system: You are a helpful assistant.
user:
Analyze the provided spectrum to determine if it is a **M-type Giant (gM)**.

A M-type Giant spectrum is defined by its **strong molecular absorption** features, particularly from **Titanium Oxide (TiO)**. You must check for one of the following mutually exclusive signatures:

- **Key Visual Indicators (Absorption-Dominated Spectrum):**

    - **(Primary):** The spectrum is dominated by strong molecular absorption from **Titanium Oxide (TiO)**. This is the **defining feature** of its M-type temperature class.
        - **(Key Bandheads):** Look for sharp, "saw-tooth" absorption valleys. The strongest are located near **~7050 Å**, **~6160 Å**, and **~5170 Å**.
        - **(Line Profile):** The "saw-tooth" morphology is critical: a **sharp, steep drop on the BLUE (short-wavelength) side** of the bandhead, followed by a gradual recovery (rising flux) towards the RED (long-wavelength) side.

    - **(Key Confirmation - Giant vs. Dwarf):** **ABSENCE** of strong **Calcium Hydride (CaH)** molecular bands. This is the primary diagnostic for *excluding* M-dwarfs.
        - **(Key Region):** The spectrum should lack the strong, broad absorption band seen in dwarfs between **~6800 Å and ~7000 Å**.

    - **(Secondary Confirmation - Giant):** A very strong and broad **Neutral Calcium (Ca I)** atomic absorption line.
        - **(Key Line):** Located at **~4226 Å**. In a giant (gM), this line is significantly deeper and broader than the same line in an M-dwarf (dM) due to low surface gravity.

    - **(Overall Spectrum):**
        - The continuum is **extremely red-sloping** (i.e., flux is very low in the blue and rises dramatically towards the red).
        - The entire spectrum appears "chopped up" by the deep TiO bands.

Think first, call **spectral_visualization_tool** if needed to examine features in detail, then provide your final answer. Your response must adhere to the following strict rules:
1.  **Overall Structure:** Your response must follow the format `<think>...</think> <tool_call>...</tool_call> (if a tool is used) <answer>...</answer>`.
2.  **Tool Usage Constraint:** You may only make **one** tool call per turn.
3.  **Final Answer Format:** In the `<answer>` tag, your conclusion must be inside a `\boxed{}` command (e.g., `\boxed{YES}` or `\boxed{NO}`), followed by your justification.

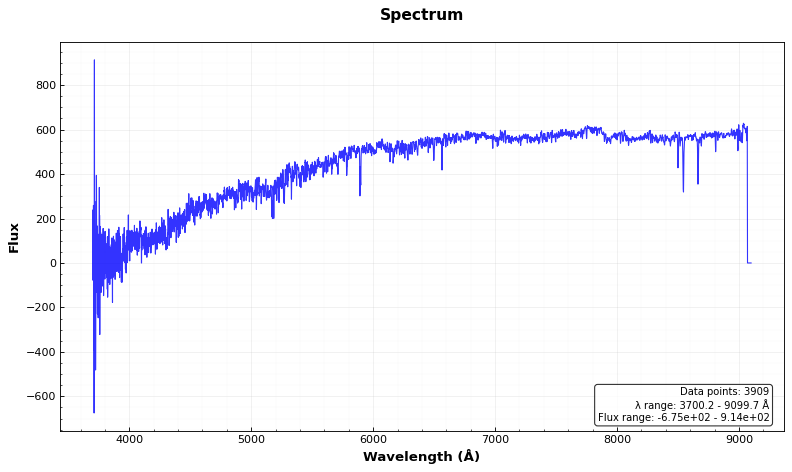
Answer: NO